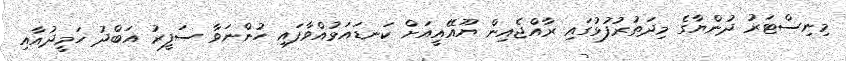
މިނިސްޓަރު ދުންޔާގެ މިދަތުރުފުޅުގައި ރާއްޖެއިން ޔޫއޭއީއަށް ކަނޑައަޅުއްވާފައި ހުންނަވާ ސަފީރު އަބްދު ހަމީދުއާއި